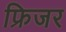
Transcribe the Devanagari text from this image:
फ्रिजर